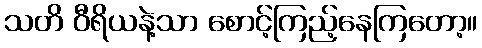
သတိ ဝီရိယနဲ့သာ စောင့်ကြည့်နေကြတော့။